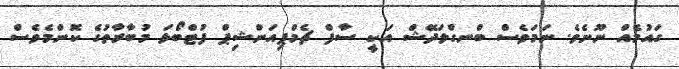
ގައުމެއް ނޫނެވެ. ނަމަވެސް ބްނގްލަދޭޝް އަކީ ސާފް ޗެމްޕިއަންޝިޕް ފުޓްބޯޅަ މުބާރާތުގެ ކޮންމެވެސް